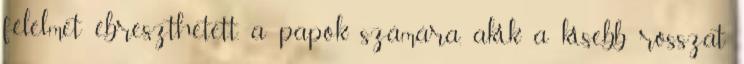
félelmet ébreszthetett, a papok számára, akik a kisebb rosszat